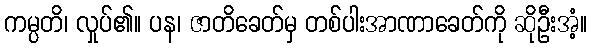
ကမ္ပတိ၊ လှုပ်၏။ ပန၊ ဇာတိခေတ်မှ တစ်ပါးအာဏာခေတ်ကို ဆိုဦးအံ့။